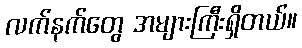
လက်နက်တွေ အများကြီးရှိတယ်။